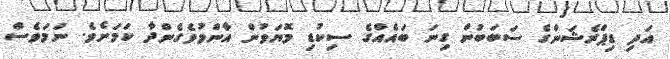
އަދި ޑިޕްރެޝަންގެ ސަބަބުން ގިނަ ބައެއްގެ ސިކުޑި މޮޔަވުން އާންމުވެގެންދާ ކަމަށެވެ. ނަމަވެސް